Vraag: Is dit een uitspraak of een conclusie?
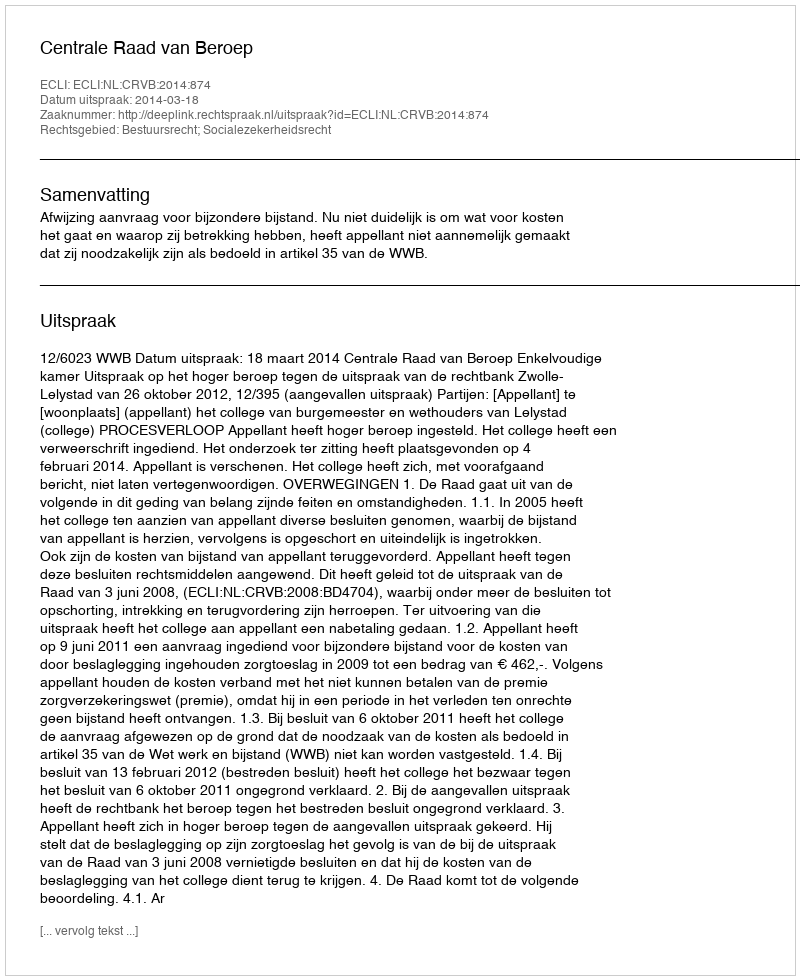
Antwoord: Uitspraak